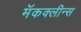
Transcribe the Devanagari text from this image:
मॅकक्लीन्स